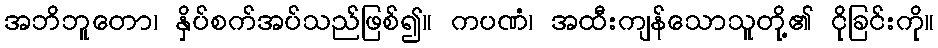
အဘိဘူတော၊ နှိပ်စက်အပ်သည်ဖြစ်၍။ ကပဏံ၊ အထီးကျန်သောသူတို့၏ ငိုခြင်းကို။